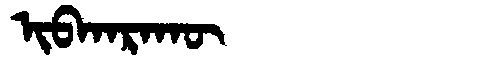
Manchu: ᡳᠪᡴᠠᡵᠠᡴᡡ
Romanization: IBKARAKŪ